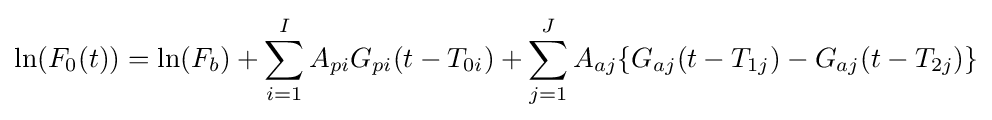
\ln(F_{0}(t))=\ln(F_{b})+\sum _{i=1}^{I}A_{pi}G_{pi}(t-T_{0i})+\sum _{j=1}^{J}A_{aj}\{G_{aj}(t-T_{1j})-G_{aj}(t-T_{2j})\}